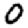
Digit: 0